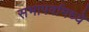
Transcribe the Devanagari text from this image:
सभापर्वामध्ये